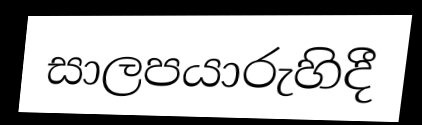
සාලපයාරුහිදී